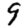
Digit: 9